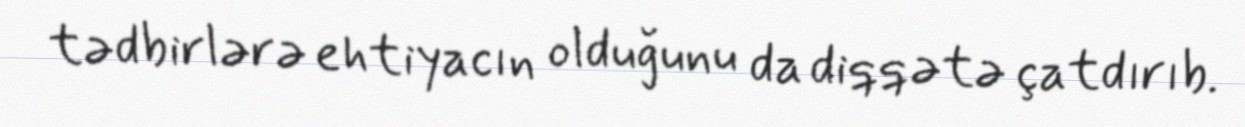
tədbirlərə ehtiyacın olduğunu da diqqətə çatdırıb.